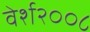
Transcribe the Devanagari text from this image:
वेर्श२००८